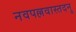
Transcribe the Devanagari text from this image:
नवपल्लवास्तदनु